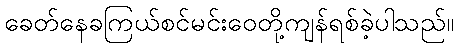
ခေတ်နေခကြယ်စင်မင်းဝေတို့ကျန်ရစ်ခဲ့ပါသည်။